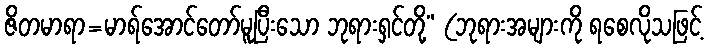
ဇိတမာရာ=မာရ်အောင်တော်မူပြီးသော ဘုရားရှင်တို့” (ဘုရားအများကို ရစေလိုသဖြင့်